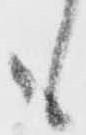
も